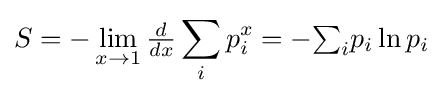
S=-\lim _{x\rightarrow 1}{\tfrac {d}{dx}}\sum _{i}p_{i}^{x}=-{\textstyle \sum _{i}}p_{i}\ln p_{i}